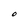
Character: O